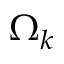
\Omega _ { k }